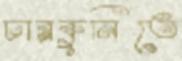
চারকুনিতে